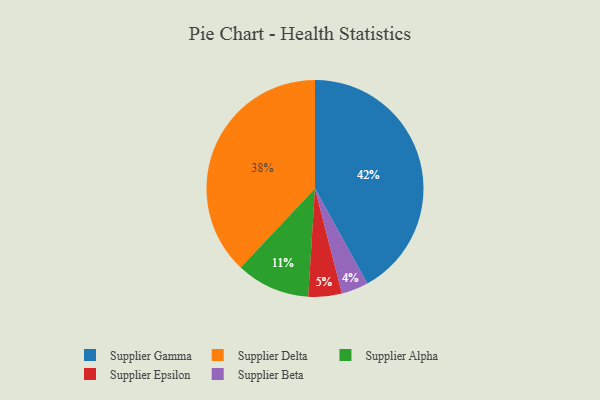
{"axis": {"x": "Category", "y": "Percentage"}, "legend": ["Supplier Alpha", "Supplier Beta", "Supplier Delta", "Supplier Epsilon", "Supplier Gamma"], "data": [{"x": "Supplier Delta", "y": 38, "type": "Supplier Delta"}, {"x": "Supplier Gamma", "y": 42, "type": "Supplier Gamma"}, {"x": "Supplier Epsilon", "y": 5, "type": "Supplier Epsilon"}, {"x": "Supplier Beta", "y": 4, "type": "Supplier Beta"}, {"x": "Supplier Alpha", "y": 11, "type": "Supplier Alpha"}]}